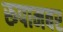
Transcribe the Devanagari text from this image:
रूपामबर